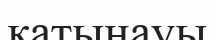
катынауы